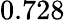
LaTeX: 0.728